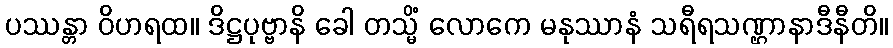
ပဿန္တာ ဝိဟရထ။ ဒိဋ္ဌပုဗ္ဗာနိ ခေါ တသ္မိံ လောကေ မနုဿာနံ သရီရသဏ္ဌာနာဒီနီတိ။